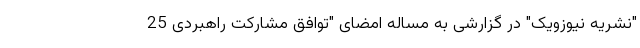
"نشریه نیوزویک" در گزارشی به مساله امضای "توافق مشارکت راهبردی 25